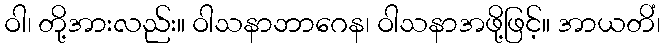
ဝါ၊ တို့အားလည်း။ ဝါသနာဘာဂေန၊ ဝါသနာအဖို့ဖြင့်။ အာယတိံ၊